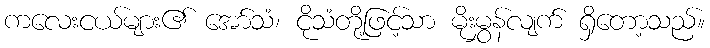
ကလေးငယ်များ၏ အော်သံ၊ ငိုသံတို့ဖြင့်သာ မိုးမွှန်လျက် ရှိတော့သည်။